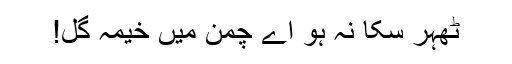
ٹھہر سکا نہ ہو اے چمن میں خیمہ گل!